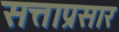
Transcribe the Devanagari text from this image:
सत्ताप्रसार